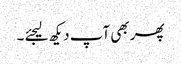
پھر بھی آپ دیکھ لیجئے ۔